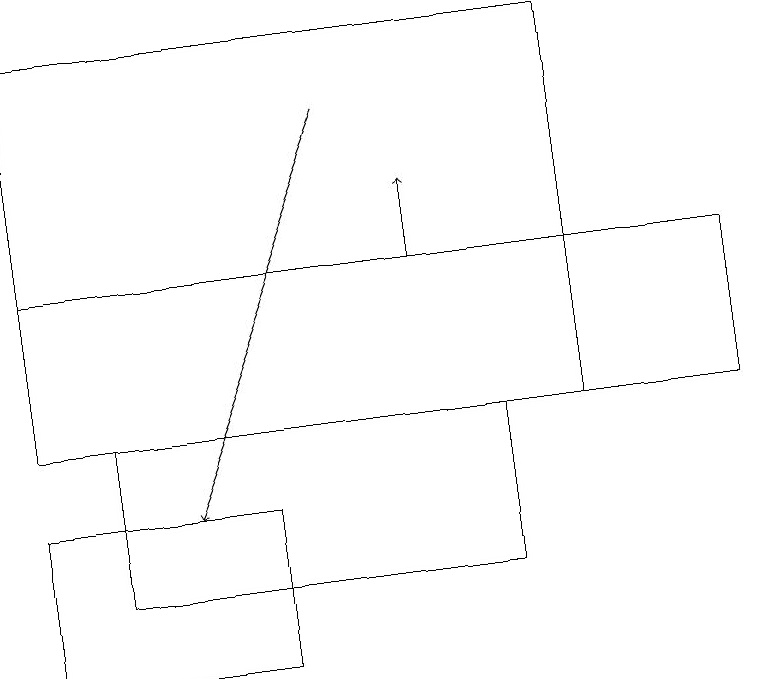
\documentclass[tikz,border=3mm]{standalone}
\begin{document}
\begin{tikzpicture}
\draw (0,13) rectangle (3,11);
\draw (0,16) rectangle (9,14);
\draw[->] (5,16) -- (5,17);
\draw[->] (4,18) -- (2,13);
\draw (1,14) rectangle (6,12);
\draw (7,19) rectangle (0,14);
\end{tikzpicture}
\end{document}